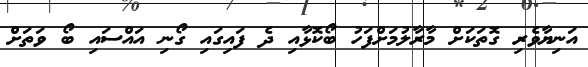
އަނިޔާވެރި ގޮތަކަށް މާރާލުމަށްފަހު ބޯކޮޅާއި ދެ ފައިގައި ގޯނި އައްސައި ބޯ ވަތަށް